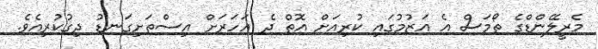
މެރީލޭންޑްގެ ތޯމަސް އެ އަޒުމުގައި ކުރިއަށް އޮތް ދެ އަހަރަށް އިސްތަށިގަނޑު ދިގުކުރިއެވެ.